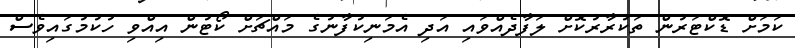
ކަމަށް ޑޮކްޓަރުން ތަކުރާރުކޮށް ލަފާދެއްވައި އަދި އެމަނިކުފާނުގެ މައްޗަށް ކޯޓުން އިއްވި ހުކުމުގައިވެސް